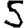
Digit: 5